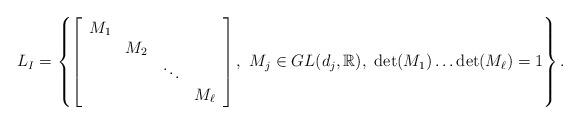
LaTeX: \begin{align*}L_{I}=\left\{ \left[\begin{array}{cccc}M_{1}\\ & M_{2}\\ & & \ddots\\ & & & M_{\ell}\end{array}\right],\ M_{j}\in GL(d_{j},\mathbb{R}),\ \det(M_{1})\ldots\det(M_{\ell})=1\right\} .\end{align*}